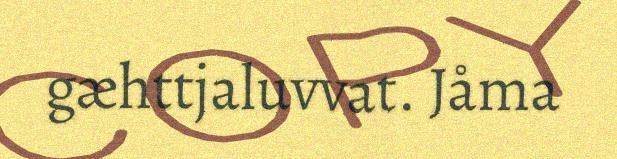
gæhttjaluvvat. Jåma